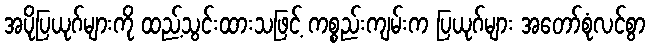
အပိုပြယုဂ်များကို ထည့်သွင်းထားသဖြင့် ကစ္စည်းကျမ်းက ပြယုဂ်များ အတော်စုံလင်စွာ